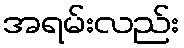
အရမ်းလည်း